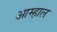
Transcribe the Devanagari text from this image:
आम्हाल